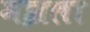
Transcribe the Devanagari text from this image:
मझला